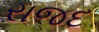
રાજદ